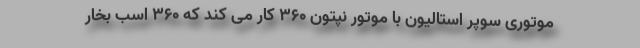
موتوری سوپر استالیون با موتور نپتون 360 کار می کند که 360 اسب بخار